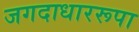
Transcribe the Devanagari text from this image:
जगदाधाररूपा